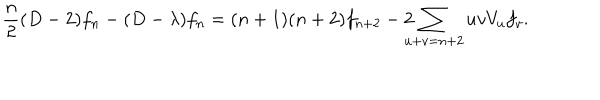
LaTeX: \frac { n } { 2 } ( D - 2 ) f _ { n } - ( D - \lambda ) f _ { n } = ( n + 1 ) ( n + 2 ) f _ { n + 2 } - 2 \! \! \! \! \sum _ { u + v = n + 2 } u v V _ { u } f _ { v } .